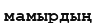
мамырдың